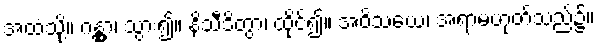
အထံသို့။ ဂန္တွာ၊ သွား၍။ နိသီဒိတွာ၊ ထိုင်၍။ အဝိသယေ၊ အရာမဟုတ်သည်၌။